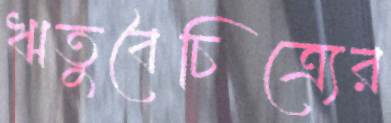
ঋতুবৈচিত্র্যের